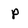
Character: p